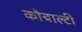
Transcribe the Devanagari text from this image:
कोबाल्टी